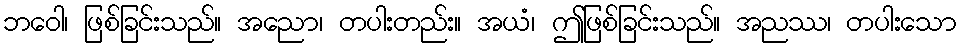
ဘဝေါ၊ ဖြစ်ခြင်းသည်။ အညော၊ တပါးတည်း။ အယံ၊ ဤဖြစ်ခြင်းသည်။ အညဿ၊ တပါးသော